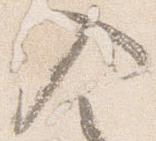
入